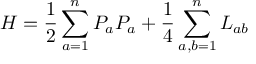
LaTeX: H = \frac { 1 } { 2 } \sum _ { a = 1 } ^ { n } P _ { a } P _ { a } + \frac { 1 } { 4 } \sum _ { a , b = 1 } ^ { n } L _ { a b }